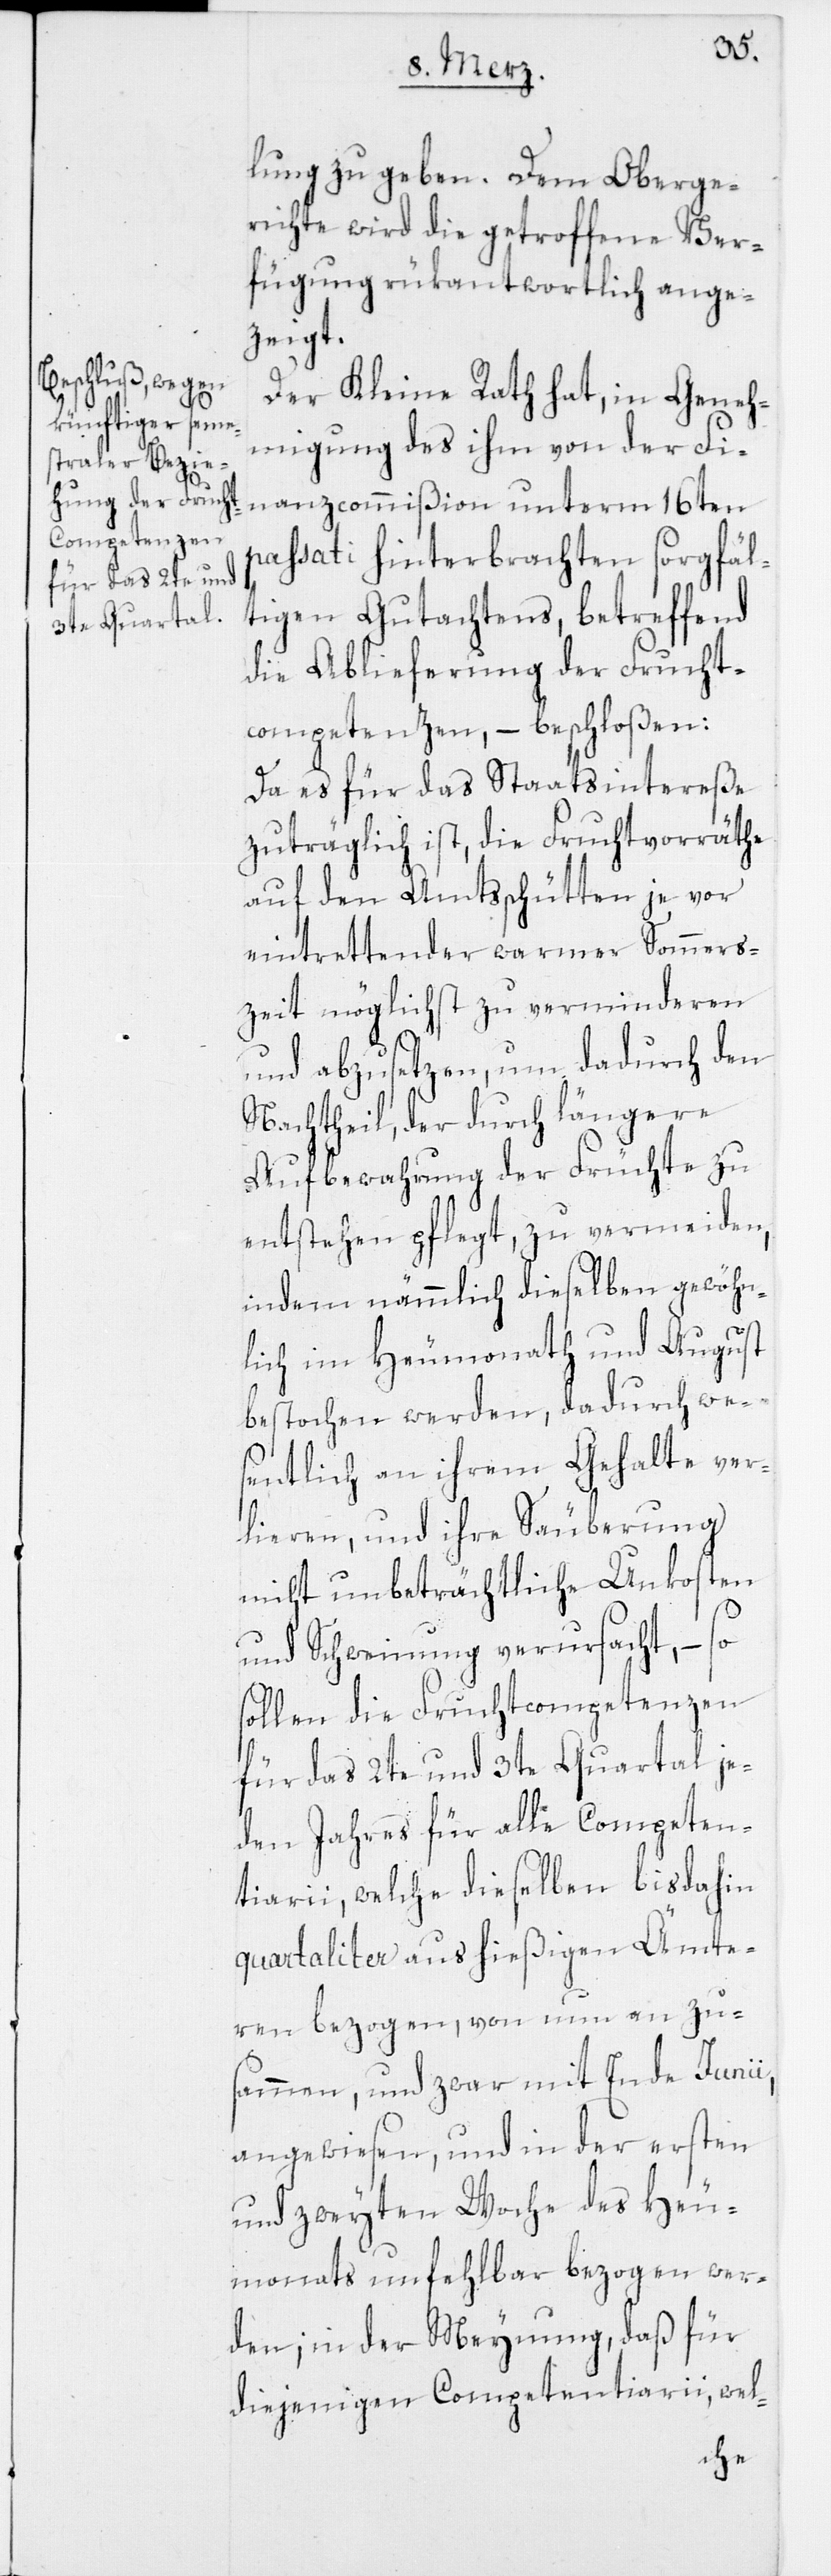
lung zu geben. Dem Oberge¬
richte wird die getroffene Ver¬
fügung rükantwortlich ange¬
zeigt.
Der Kleine Rath hat, in Geneh¬
migung des ihm von der Fi¬
nanzcommißion unterm 16ten
passati hinterbrachten sorgfäl¬
tigen Gutachtens, betreffend
die Ablieferung der Frucht¬
competenzen, – beschloßen:
Da es für das Staatsintereße
zuträglich ist, die Fruchtvorräthe
auf den Amtsschütten je vor
eintrettender warmer Sommers¬
zeit möglichst zu verminderen
und abzusetzen, um da durch den
Nachtheil, der durch längere
Aufbewahrung der Früchte zu
entstehen pflegt, zu vermeiden,
indem nämmlich dieselben gewöhn¬
lich im Heumonath und August,
bestochen werden, dadurch we¬
sentlich an ihrem Gehalte ver¬
lieren, und ihre Säuberung
nicht unbeträchtliche Unkosten
und Schweinung verursacht, – so
sollen die Fruchtcompetenzen
für das 2te und 3te Quartal je¬
den Jahres für alle Competen¬
tiarii, welche dieselben bisdahin
quartaliter aus hießigen Ämte¬
ren bezogen, von nun an zu¬
sammen, und zwar mit Ende Junii,
angewiesen, und in der ersten
und zweyten Woche des Heu¬
monats unfehlbar bezogen wer¬
den; in der Meynung, daß für
diejenigen Competentiarii, wel-